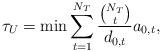
LaTeX: \begin{align*}\tau_U=\min\sum_{t=1}^{N_T}\frac{\binom{N_T}{t}}{d_{0,t}}a_{0,t},\end{align*}